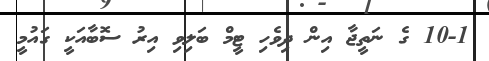
10-1 ގެ ނަތީޖާ އިން ދިވެހި ޓީމް ބަލިވި އިރު ސޮބާއަކީ ގައުމީ